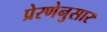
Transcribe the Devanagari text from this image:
प्रेरणेनुसार